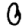
Digit: 0